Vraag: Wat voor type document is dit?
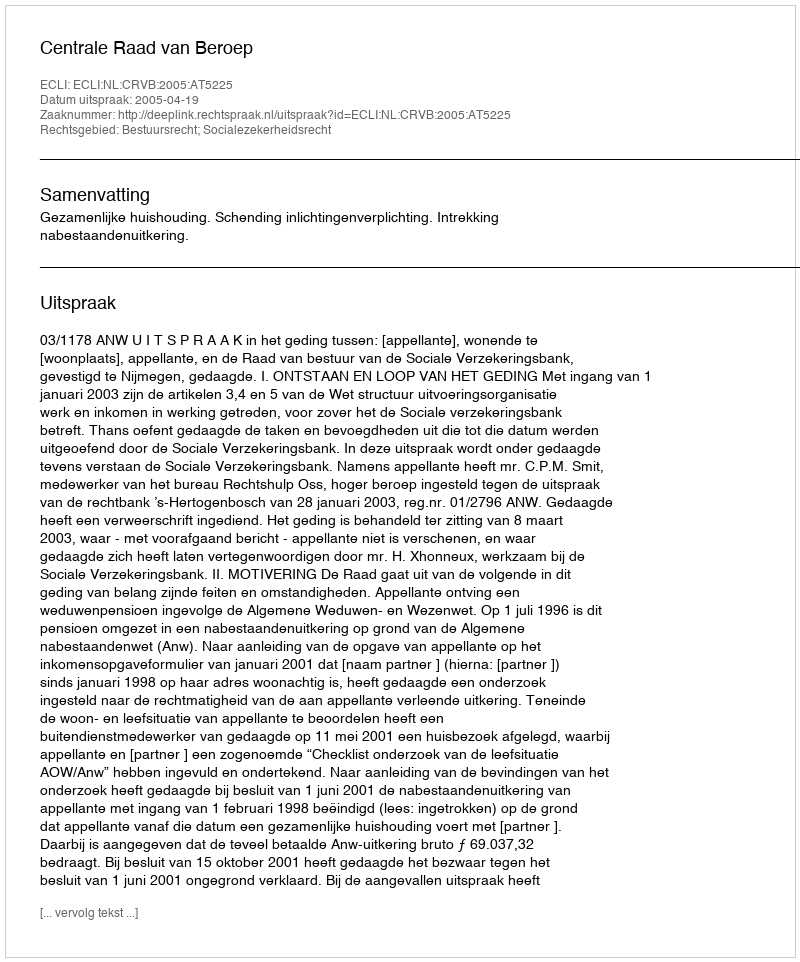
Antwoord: Uitspraak